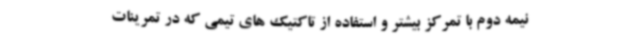
نیمه دوم با تمرکز بیشتر و استفاده از تاکتیک های تیمی که در تمرینات